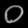
Digit: ၀